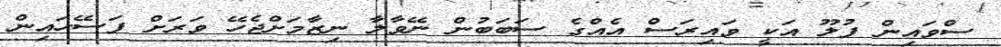
ސްވައިން ފުލޫ އަކީ ވައިރަސް އެއްގެ ސަބަބުން ނޭވާލާ ނިޒާމަށްޖެހޭ ވަރަށް ފަސޭހައިން